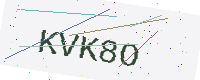
Text: KVK8O